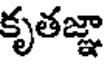
కృతజ్ఞా